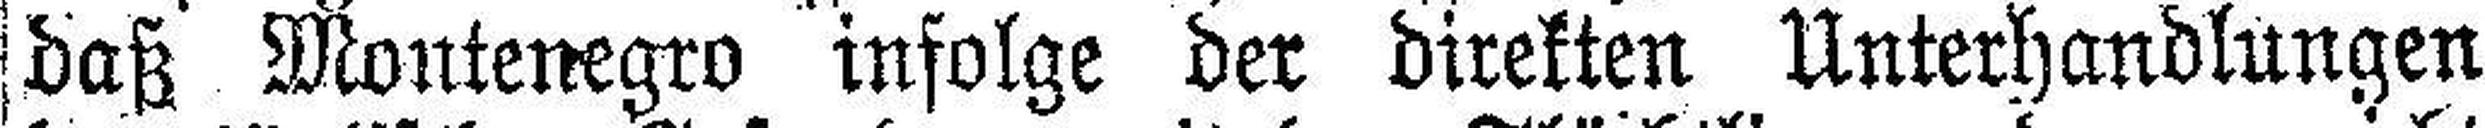
daß Montenegro infolge der direkten Unterhandlungen